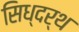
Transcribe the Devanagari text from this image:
सिध्दर्थ